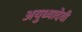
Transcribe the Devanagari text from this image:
अयुध्यादेवी